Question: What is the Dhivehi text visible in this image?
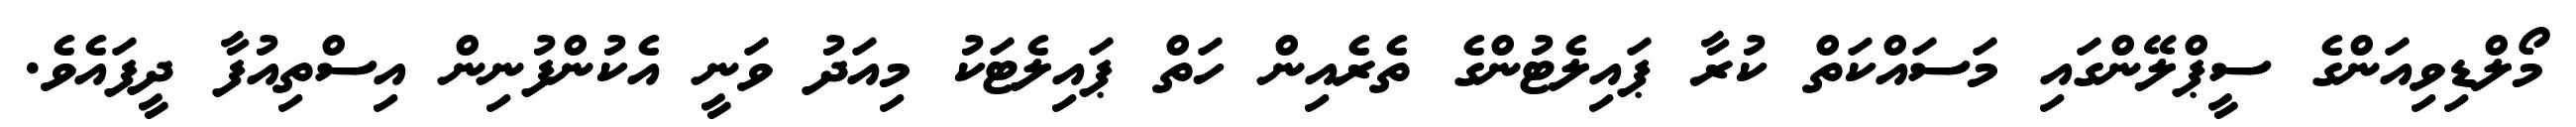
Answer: މޯލްޑިވިއަންގެ ސީޕްލޭންގައި މަސައްކަތް ކުރާ ޕައިލެޓުންގެ ތެރެއިން ހަތް ޕައިލެޓަކު މިއަދު ވަނީ އެކުންފުނިން އިސްތިއުފާ ދީފައެވެ.